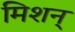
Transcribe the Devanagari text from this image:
मिशन्‌